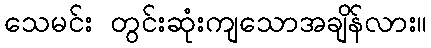
သေမင်း တွင်းဆုံးကျသောအချိန်လား။